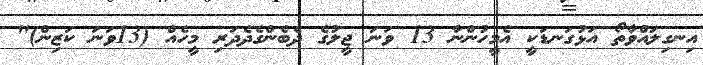
އިނގިލައްވާތޯ އަޅުގަނޑަކީ އެމީހުންނާ 13 ވަނަ ޖީލުގެ ދެބެންގެދެދަރި މީހެއް (13ވަނަ ކަޒިން)"